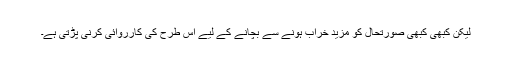
لیکن کبھی کبھی صورتحال کو مزید خراب ہونے سے بچانے کے لیے اس طرح کی کارروائی کرنی پڑتی ہے۔